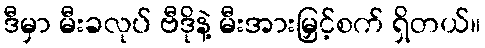
ဒီမှာ မီးခလုပ် ဗီဒိုနဲ့ မီးအားမြှင့်စက် ရှိတယ်။